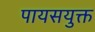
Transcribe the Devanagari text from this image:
पायसयुक्त